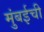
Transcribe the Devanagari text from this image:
मुुंबईची